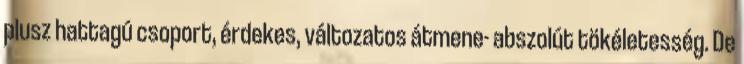
plusz hattagú csoport, érdekes, változatos átmene- abszolút tökéletesség. De